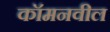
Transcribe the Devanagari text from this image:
कॉमनवील